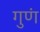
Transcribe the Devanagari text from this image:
गुणं